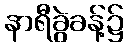
နာရီခွဲခန့်၌